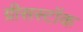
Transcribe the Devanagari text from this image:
ग्रीसस्टॉक